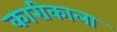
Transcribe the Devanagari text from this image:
कारीकाला